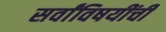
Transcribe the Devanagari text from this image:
सर्वांविषयींची